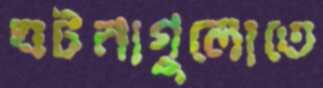
ঘটনাগুলোতে